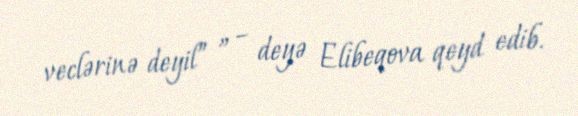
veclərinə deyil” ” – deyə Elibeqova qeyd edib.